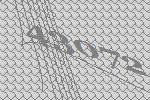
43072